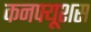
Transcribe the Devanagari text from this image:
कनफ्यूशस